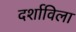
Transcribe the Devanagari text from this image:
दर्शाविला